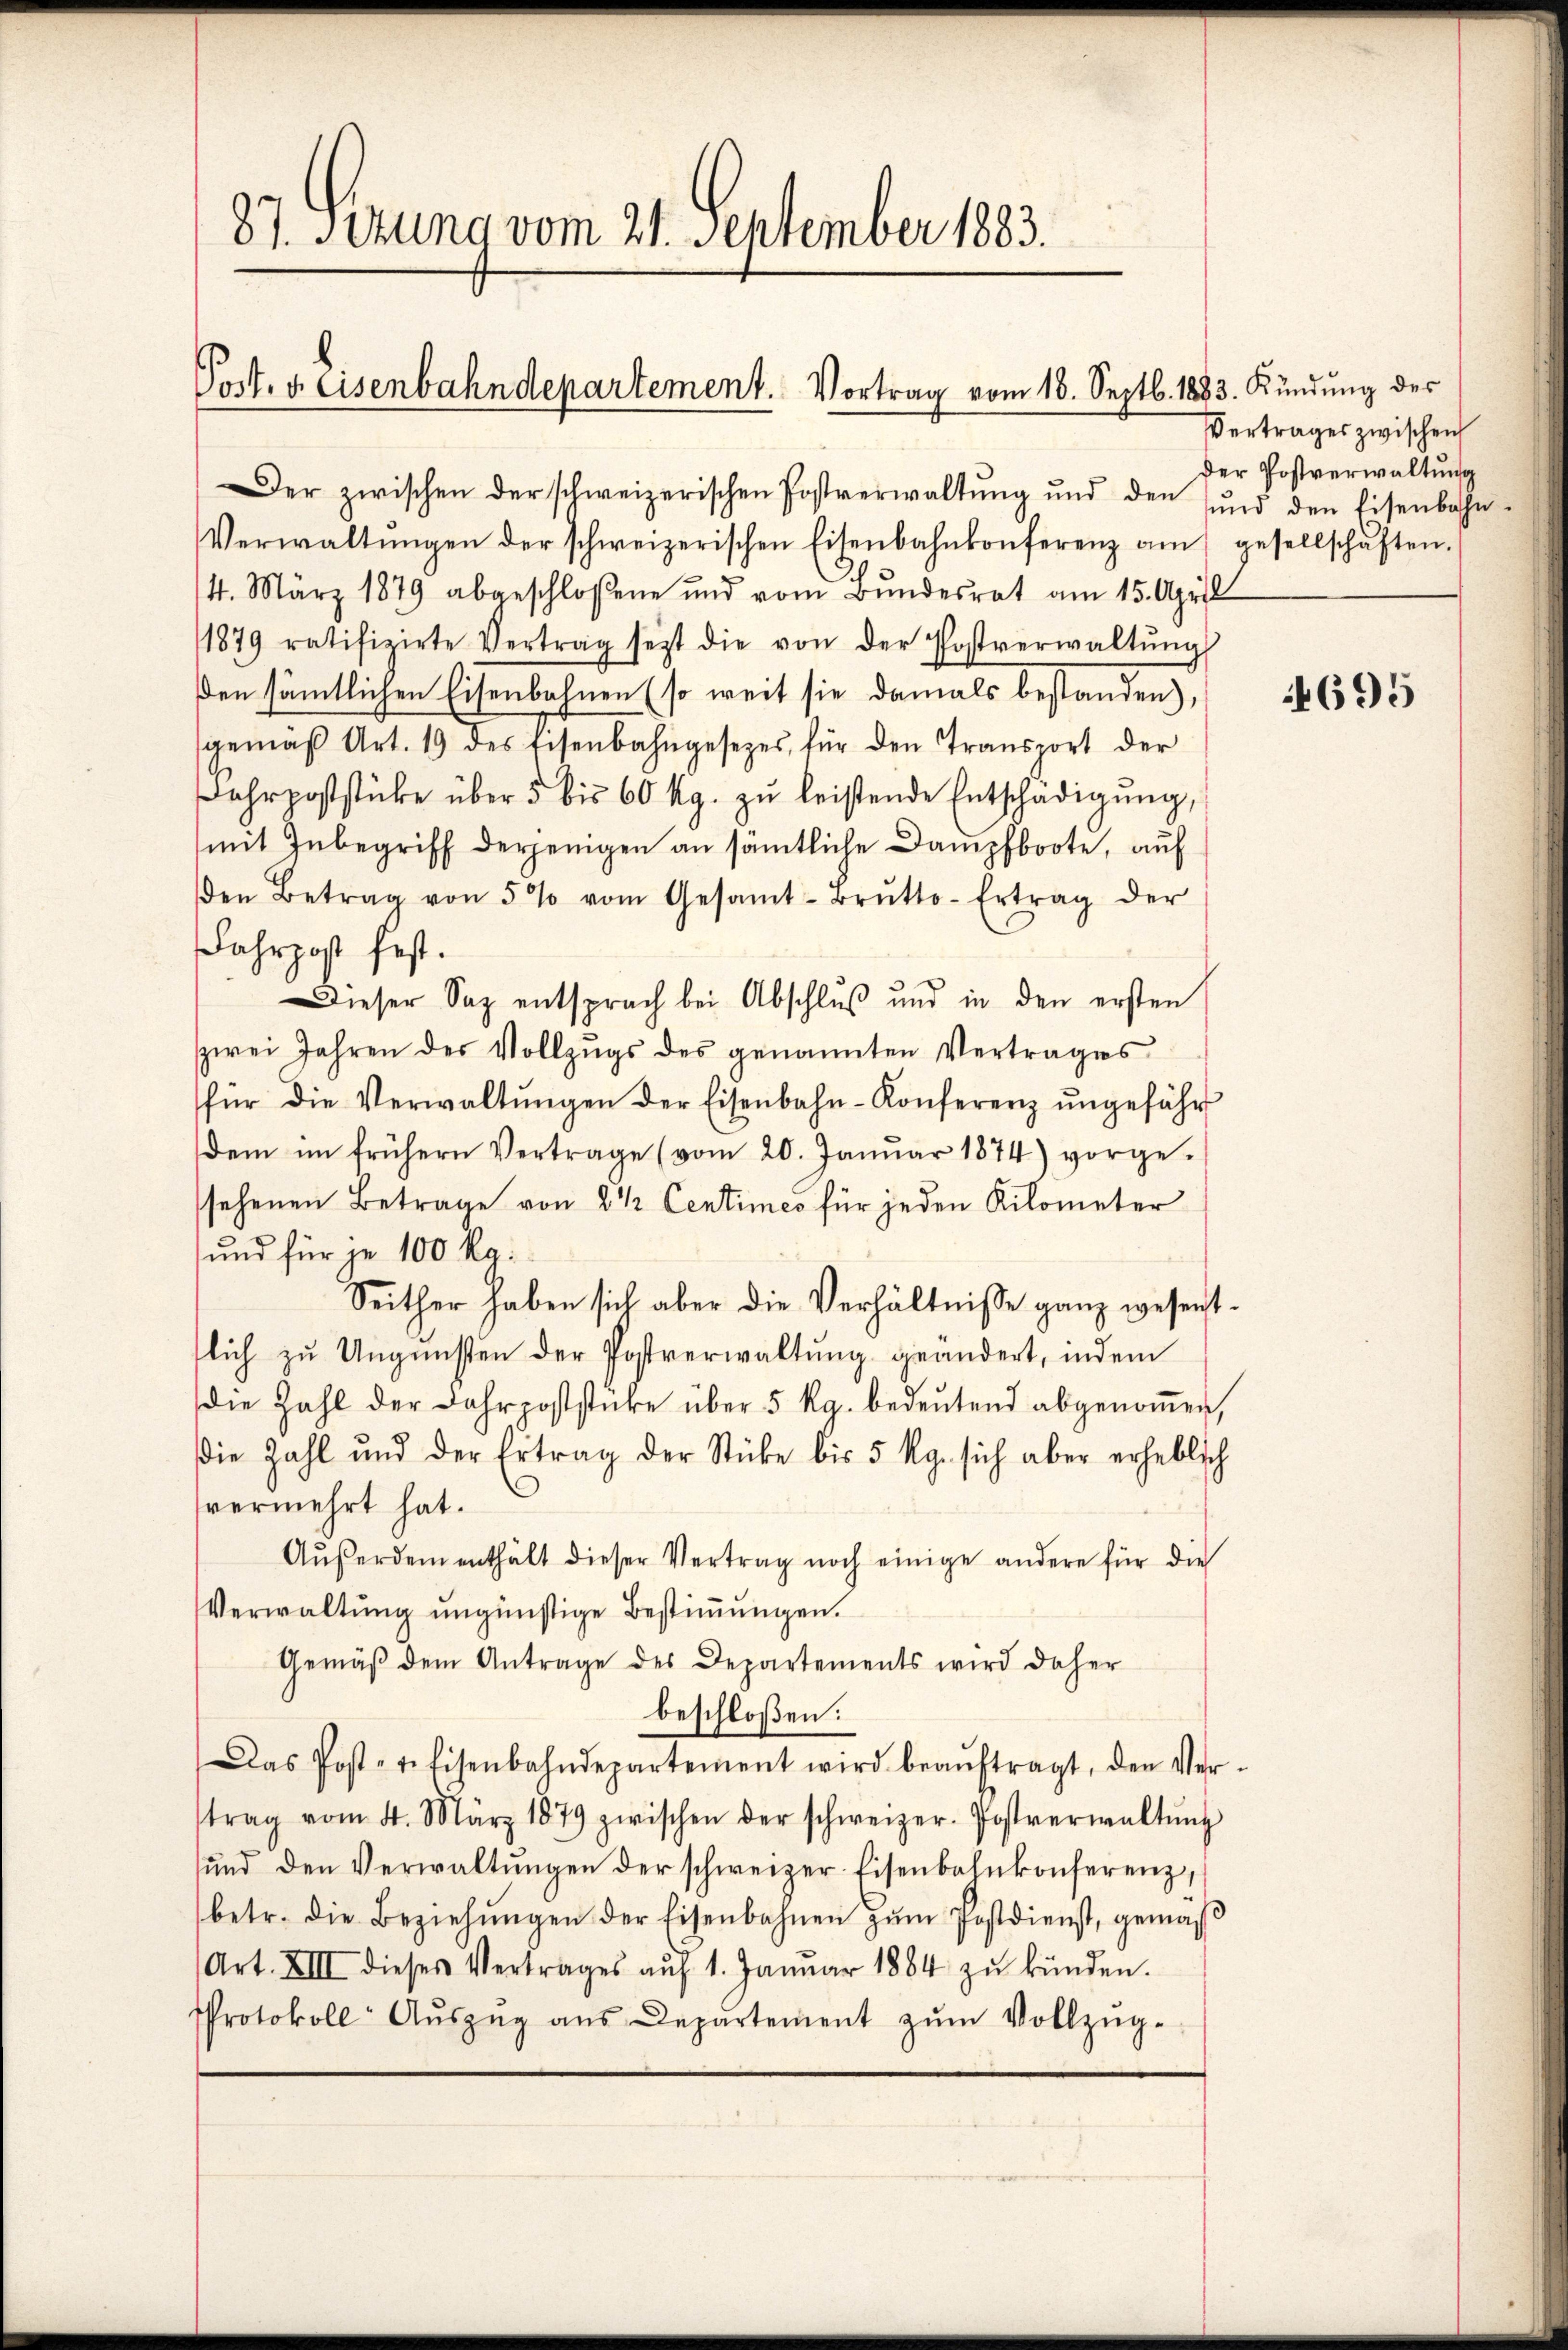
87. Sitzung vom 21. September 1883.

Post. v. Eisenbahndepartement. Vortrag vom 18. Septb. 1883. Kündung des

Der zwischen der schweizerischen Postverwaltŭng und den ŭnd den Eisenbahn-
Verwaltŭngen der schweizerischen Eisenbahnkonferenz am gesellschaften.
4. März 1879 abgeschloßene und vom Bŭndesrat am 15. April
1879 ratifizirte Vertrag seit die von der Postverwaltŭng
ßen sämmtlichen Eisenbahnen (so weit sie damals bestanden),
gemäβ Art. 19 des Eisenbahngesetzes, für den Transport der
ahrpoststücke über 5 bis 60 Rp. zŭ leistende Entschädigŭng,
(mit Inbegriff derjenigen an sämtliche Dampfboote, auf
den Betrag von 5% vom Gesamt-Brŭtto-Ertrag der
Fahrpost fest.
Dieser Sap entsprach bei Abschluß und in den ersten
zwei Jahren des Vollzŭgs des genannten Vertrages
für die Verwaltŭngen der Eisenbahn-Konferenz ŭngefähr
dem im frühern Vertrage (vom 20. Janŭar 1874) vorge-
sehenen Betrage von 2½ Centimes für jeden Kilometer
und für je 100 Kg.
Seither haben sich aber die Verhältnisse ganz wesent.
flich zu Ungunsten der Postverwaltŭng geändert, indem
die Zahl der Jahr oststücke über 5 Kg. bedeŭtend abgenoṁen,
Die Zahl und der Ertrag der Stücke bis 5 kg. sich aber erheblich
svermehrt hat.
Aŭβerdem enthält dieser Vertrag noch einige andere für die
Verwaltung ungünstige Bestimmungen.
Gemäß dem Antrage des Departements wird daher
beschloßen:
Das Post- u. Eisenbahndepartement wird beaŭftragt, den Ver-
trag vom 4. März 1879 zwischen der schweizer. Postverwaltŭng
ŭnd den Verwaltŭngen der schweizer Eisenbahnkonferenz,
betr. die Beziehŭngen der Eisenbahnen zŭm Postdienst, gemäβ
Art. XIII dieses Vertrages aŭf 1. Janŭar 1884 zŭ künden.
Protokoll- Aŭszŭg aŭs Departement zŭm Vollzŭg-

Vertrages zwischen
der Postverwaltung

4695